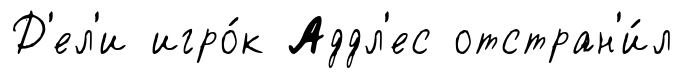
Д'ел'и игро́к Аддл'ес отстран'и́л